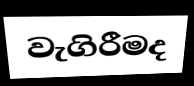
වැගිරීමද